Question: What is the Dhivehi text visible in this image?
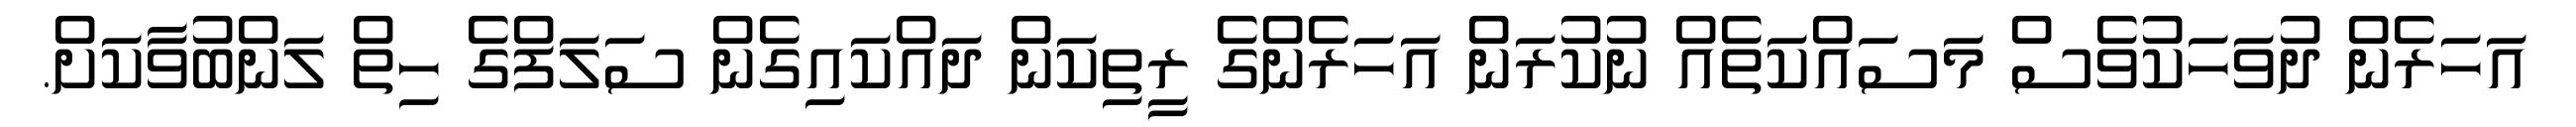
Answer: އަހަރެން ދުވަހަކުވެސް މަސައްކަތެއް ނުކުރަން އަހަރެންގެ ރީތިކަން ދައްކައިގެން ސަލަފްގެ ހިތް ލަންބުވާކަށް.